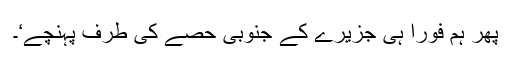
پھر ہم فوراً ہی جزیرے کے جنوبی حصے کی طرف پہنچے‘۔